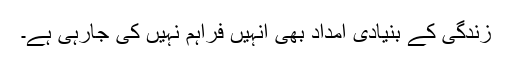
زندگی کے بنیادی امداد بھی انہیں فراہم نہیں کی جارہی ہے۔